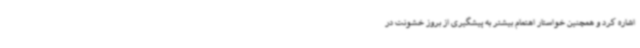
اشاره کرد و همچنین خواستار اهتمام بیشتر به پیشگیری از بروز خشونت در